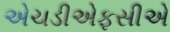
એચડીએફસીએ